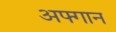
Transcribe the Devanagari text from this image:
अफ्गान